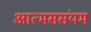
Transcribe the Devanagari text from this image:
आत्मससंयम